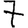
Digit: 7